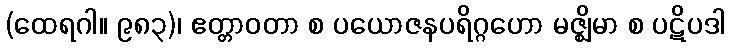
(ထေရဂါ။ ၉၈၃)၊ ဧတ္တာဝတာ စ ပယောဇနပရိဂ္ဂဟော မဇ္ဈိမာ စ ပဋိပဒါ